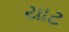
યાટ